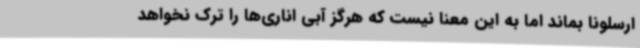
ارسلونا بماند اما به این معنا نیست که هرگز آبی اناری‌ها را ترک نخواهد